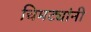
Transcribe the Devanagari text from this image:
चिमट्यांनी